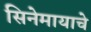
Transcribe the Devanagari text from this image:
सिनेमायाचे